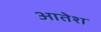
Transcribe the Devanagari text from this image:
आतेश